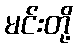
မင်းတို့